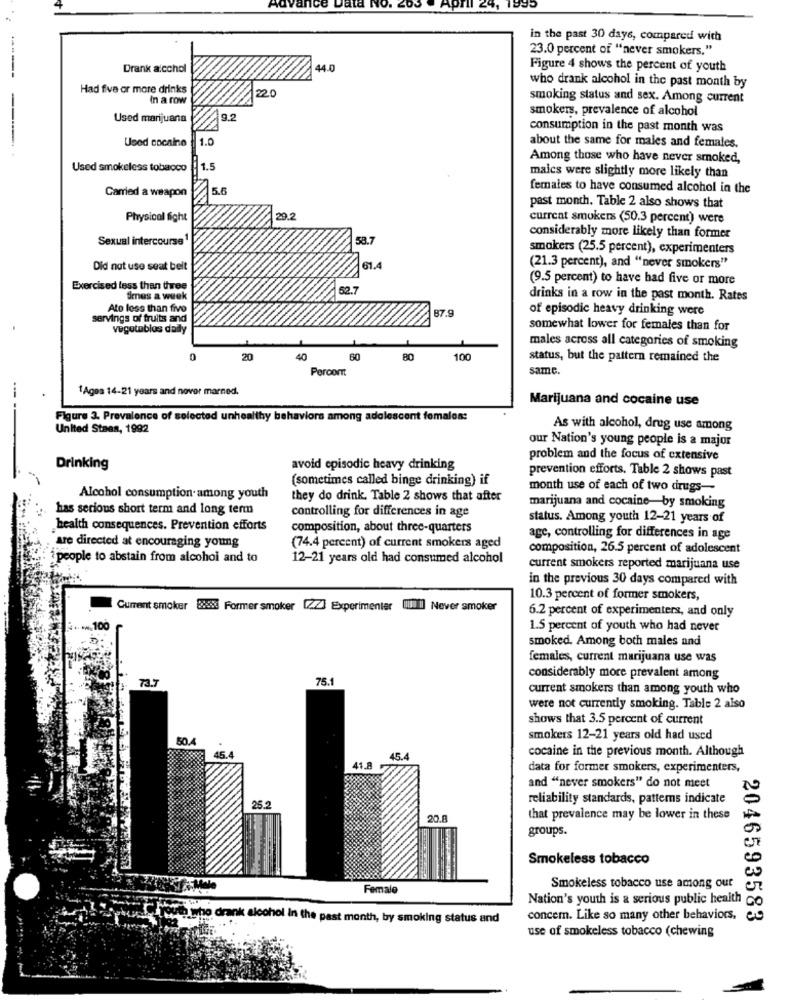
CRA
in the past 30 days, compared with
23.0 percent of "never smokers,"
Drank alcchol
44.0
Figure 4 shows the percent of youth
------
who drank alcohol in the past month by
Had five or more drinks
In a row
22.0
smoking status and sex. Among current
smokers, prevalence of alcohol
Used marijuana
12
consumption in the past month was
Used cocaine
1.0
about the same for males and females.
Among those who have never smoked,
Used smokeless tobacco
1.5
maics were slightly more likely than
Carried a weapon
5.6
females to have consumed alcohol in the
past month. Table 2 also shows that
Physical fight
20.2
current smokers <50.3 percent) were
Sexual intercourse
58.7
considerably more likely than former
smakers (25.5 percent), experimenters
Did not use seat belt
61.4
(21.3 percent), and "never smokers"
(9.5 percent) to have had five or more
Exercised less than three
52.7
times a week
drinks in a row in the past month. Rates
Ato less than five
87.9
of episodic heavy drinking were
servings of fruits and
vegetables daily
somewhat lower for females than for
males across all categories of smoking
0
20
40
60
80
100
status, but the pattern remained the
Percont
same.
1Ages 14-21 years and nover marned.
Marijuana and cocaine use
Figure 3. Prevalence of selected unhealthy behaviors among adolescent females:
United Staes, 1992
As with alcohol, drug use among
our Nation's young people is a major
problem and the focus of extensive
Drinking
avoid episodic heavy drinking
prevention efforts. Table 2 shows past
(sometimes called binge drinking) if
month use of each of two drugs-
Alcohol consumption among youth
they do drink. Table 2 shows that after
marijuana and cocaine-by smoking
has serions short term and long term
controlling for differences in age
status. Among youth 12-21 years of
health consequences. Prevention efforts
composition, about three-quarters
age, controlling for differences in age
are directed at encouraging young
(74.4 percent) of current smokers aged
composition, 26.5 percent of adolescent
people to abstain from alcohol and to
12-21 years old had consumed alcohol
current smokers reported marijuana use
in the previous 30 days compared with
10.3 percent of former smokers,
Current smoker 8885 Former smoker [2] Experimenter
Never smoker
6.2 percent of experimenters, and only
1.5 percent of youth who had never
smoked. Among both males and
females, current marijuana use was
73.7
75.1
considerably more prevalent among
current smokers than among youth who
were not currently smoking. Table 2 also
shows that 3.5 percent of current
smokers 12-21 years old had used
cocaine in the previous month. Although
46.4
45.4
41.8
data for former smokers, experimenters,
and "never smokers" do not meet
reliability standards, patterns indicate
25.2
20.8
that prevalence may be lower in these
groups.
Smokeless tobacco
Female
Smokeless tobacco use among our
Nation's youth is a serious public health co
drank alcohol in the past month, by smoking status and
concem. Like so many other behaviors,
2046593583
use of smokeless tobacco (chewing